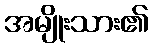
အမျိုးသား၏